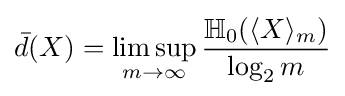
{\bar {d}}(X)=\limsup _{m\rightarrow \infty }{\frac {\mathbb {H} _{0}(\langle X\rangle _{m})}{\log _{2}m}}